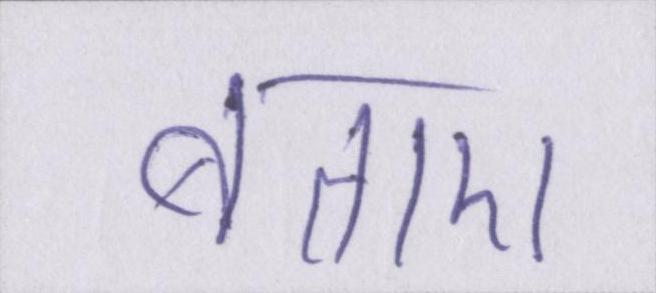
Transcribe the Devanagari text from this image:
बताए